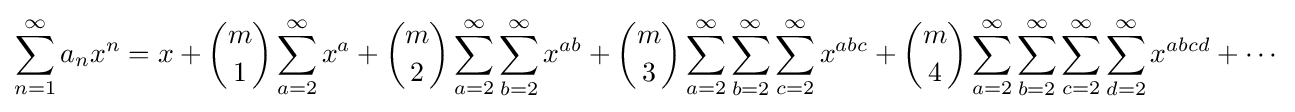
\sum _{n=1}^{\infty }a_{n}x^{n}=x+{m \choose 1}\sum _{a=2}^{\infty }x^{a}+{m \choose 2}\sum _{a=2}^{\infty }\sum _{b=2}^{\infty }x^{ab}+{m \choose 3}\sum _{a=2}^{\infty }\sum _{b=2}^{\infty }\sum _{c=2}^{\infty }x^{abc}+{m \choose 4}\sum _{a=2}^{\infty }\sum _{b=2}^{\infty }\sum _{c=2}^{\infty }\sum _{d=2}^{\infty }x^{abcd}+\cdots